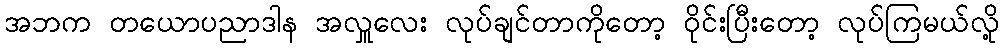
အဘက တယောပညာဒါန အလှူလေး လုပ်ချင်တာကိုတော့ ဝိုင်းပြီးတော့ လုပ်ကြမယ်လို့